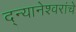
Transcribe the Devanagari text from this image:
द्न्यानेश्वरांचे